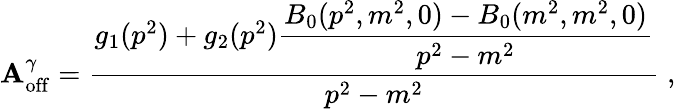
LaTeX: {\cal\mathbf{A}}_{\mathrm{{off}}}^{\gamma}=\frac{{g_{1}(p^{2})+g_{2}(p^{2})\displaystyle\frac{{B_{0}(p^{2},m^{2},0)-B_{0}(m^{2},m^{2},0)}}{{p^{2}-m^{2}}}}}{{p^{2}-m^{2}}}\; ,